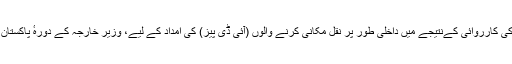
ایک اور سوال کے جواب میں، ترجمان نے کہا کہ انسداد دہشت گردی کی کارروائی کےنتیجے میں داخلی طور پر نقل مکانی کرنے والوں (آئی ڈی پیز) کی امداد کے لیے، وزیر خارجہ کے دورہٴ پاکستان کے دوران، امریکہ نے مجموعی طور پر 25 کروڑ ڈالر کا اعلان کیا۔